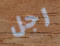
رجل